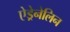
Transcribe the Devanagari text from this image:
ऐड्रेनेलिन